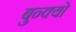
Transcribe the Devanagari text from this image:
बुन्क्यो